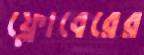
ফ্লোবেরের